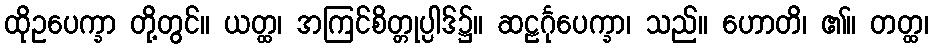
ထိုဥပေက္ခာ တို့တွင်။ ယတ္ထ၊ အကြင်စိတ္တုပ္ပါဒ်၌။ ဆဠင်္ဂုပေက္ခာ၊ သည်။ ဟောတိ၊ ၏။ တတ္ထ၊